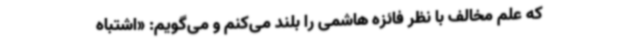
که علم مخالف با نظر فائزه هاشمی را بلند می‌کنم و می‌گویم: «اشتباه